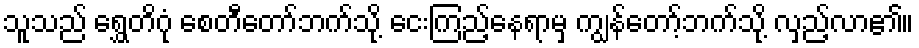
သူသည် ရွှေတိဂုံ စေတီတော်ဘက်သို့ ငေးကြည့်နေရာမှ ကျွန်တော့်ဘက်သို့ လှည့်လာ၏။